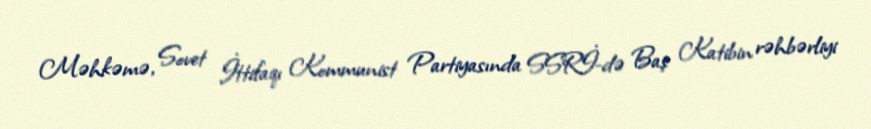
Məhkəmə, Sovet İttifaqı Kommunist Partiyasında SSRİ-də Baş Katibin rəhbərliyi